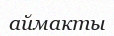
аймакты